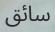
سائق